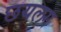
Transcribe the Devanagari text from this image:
छयलग